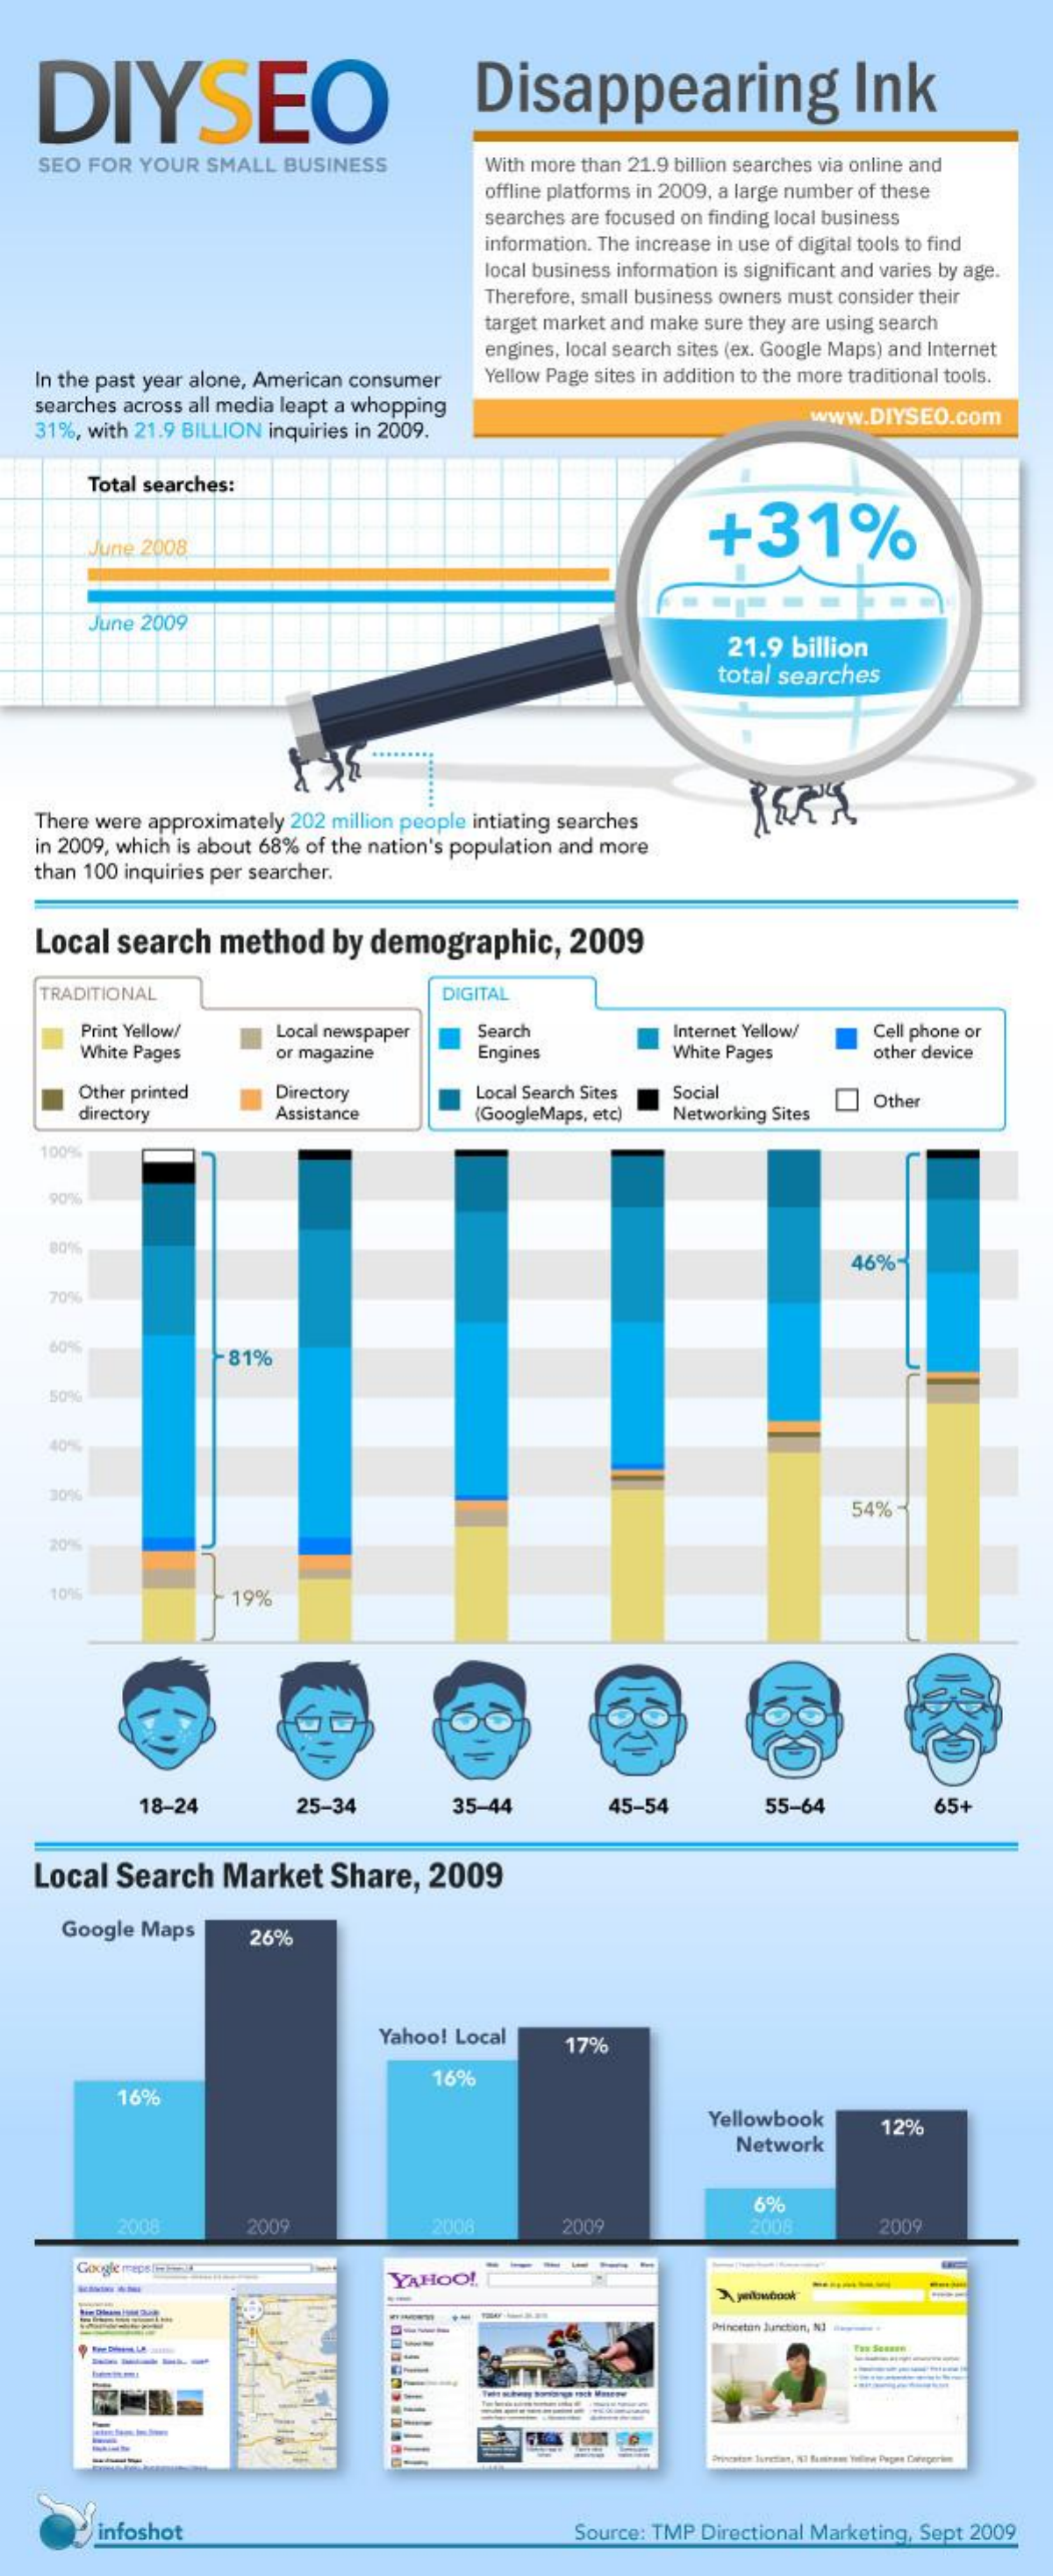
DIYSEO    Disappearing    Ink
    SEO FOR  YOUR  SMALL BUSINESS    With more than 21.9 billion searches via online and
     offline platforms in 2009, a large number of these
     searches are focused on finding local business
     information. The increase in use of digital tools to find
     local business information is significant and varies by age.
     Therefore, small business owners must consider their
     target market and make sure they are using search
     engines, local search sites (ex. Google Maps) and Internet
   In the past year alone, American consumer Yellow Page sites in addition to the more traditional tools.
   searches across all media leapt a whopping
   31%, with 21.9 BILLION inquiries in 2009.
     www.DIYSEO.com
     Total searches:
     +31%
     June 2008,
     June 2009
     21.9  billion
     total searches
   There were approximately 202 million people intiating searches
   in 2009, which is about 68% of the nation's population and more
   than 100 inquiries per searcher.
   Local   search   method    by demographic,    2009
    TRADITIONAL    DIGITAL
     Print Yellow/    Local newspaper   Search    Internet Yellow/  Cell phone or
     White Pages    or magazine    Engines    White Pages    other device
     Other printed    Directory    Local Search Sites Social
     directory    Assistance    (GoogleMaps, etc) Networking Sites
     Other
    100%
     90%
     80%
     46%-
     70%
     60%
     -81%
     40%
     54%-
     20%
     10%    19%
     18-24    25-34    35-44    45-54    55-64    65+
   Local  Search    Market    Share,   2009
     Google Maps    26%
     Yahoo! Local    17%
     16%
     16%
     Yellowbook
     Network
     12%
     6%
     2008    2009    2009    2008    2009
     Google reps IFEEL
     YAHOO!    -
     Princeton Sanction, N]
     -----
     ---
     Princstor luretar, 37 Somnam Yoline Depen Cierperim
     infoshot    Source: TMP Directional Marketing, Sept 2009